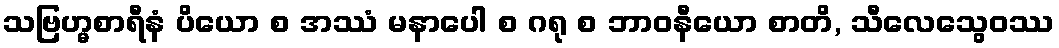
သဗြဟ္မစာရီနံ ပိယော စ အဿံ မနာပေါ စ ဂရု စ ဘာဝနီယော စာတိ, သီလေသွေဝဿ